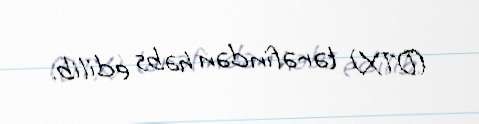
(DTX) tərəfindən həbs edilib.